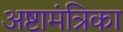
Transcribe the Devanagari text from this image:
अष्टामंत्रिका